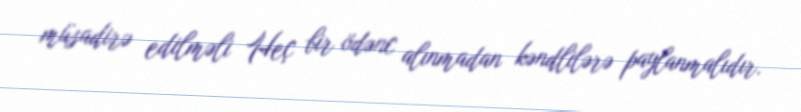
müsadirə edilməli Heç bir ödənc alınmadan kəndlilərə paylanmalıdır.